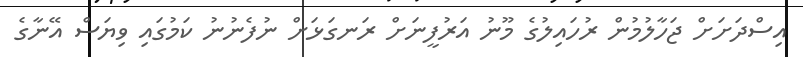
އިސްދަށަށް ޖަހާލުމުން ރުހައިލުގެ މޫނު އަރުފީނަށް ރަނގަޅަށް ނުފެނުނު ކަމުގައި ވިޔަސް އޭނާގެ